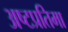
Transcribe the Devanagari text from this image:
अष्टप्रतिमा